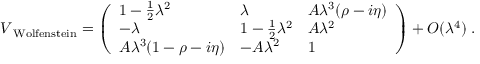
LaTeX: V _ { \mathrm { \footnotesize ~ W o l f e n s t e i n } } = \left( \begin{array} { l l l } { { 1 - \frac { 1 } { 2 } \lambda ^ { 2 } } } & { { \lambda } } & { { A \lambda ^ { 3 } ( \rho - i \eta ) } } \\ { { - \lambda } } & { { 1 - \frac { 1 } { 2 } \lambda ^ { 2 } } } & { { A \lambda ^ { 2 } } } \\ { { A \lambda ^ { 3 } ( 1 - \rho - i \eta ) } } & { { - A \lambda ^ { 2 } } } & { { 1 } } \end{array} \right) + { \cal { O } } ( \lambda ^ { 4 } ) \; .